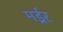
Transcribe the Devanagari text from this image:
मर्ड्रर